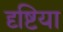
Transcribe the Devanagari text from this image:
दृष्टिया